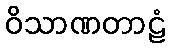
ဝိသာဏတာဠံ